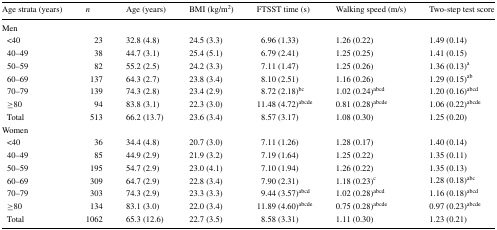
<table><thead><tr><td><b>Age strata (years)</b></td><td><b><i>n</i></b></td><td><b>Age (years)</b></td><td><b>BMI (kg/m<sup>2</sup>)</b></td><td><b>FTSST time (s)</b></td><td><b>Walking speed (m/s)</b></td><td><b>Two-step test score</b></td></tr></thead><tbody><tr><td colspan="7">Men</td></tr><tr><td> &lt;40</td><td>23</td><td>32.8 (4.8)</td><td>24.5 (3.3)</td><td>6.96 (1.33)</td><td>1.26 (0.22)</td><td>1.49 (0.14)</td></tr><tr><td> 40–49</td><td>38</td><td>44.7 (3.1)</td><td>25.4 (5.1)</td><td>6.79 (2.41)</td><td>1.25 (0.25)</td><td>1.41 (0.15)</td></tr><tr><td> 50–59</td><td>82</td><td>55.2 (2.5)</td><td>24.2 (3.3)</td><td>7.11 (1.47)</td><td>1.25 (0.26)</td><td>1.36 (0.13)<sup>a</sup></td></tr><tr><td> 60–69</td><td>137</td><td>64.3 (2.7)</td><td>23.8 (3.4)</td><td>8.10 (2.51)</td><td>1.16 (0.26)</td><td>1.29 (0.15)<sup>ab</sup></td></tr><tr><td> 70–79</td><td>139</td><td>74.3 (2.8)</td><td>23.4 (2.9)</td><td>8.72 (2.18)<sup>bc</sup></td><td>1.02 (0.24)<sup>abcd</sup></td><td>1.20 (0.16)<sup>abcd</sup></td></tr><tr><td> ≥80</td><td>94</td><td>83.8 (3.1)</td><td>22.3 (3.0)</td><td>11.48 (4.72)<sup>abcde</sup></td><td>0.81 (0.28)<sup>abcde</sup></td><td>1.06 (0.22)<sup>abcde</sup></td></tr><tr><td> Total</td><td>513</td><td>66.2 (13.7)</td><td>23.6 (3.4)</td><td>8.57 (3.17)</td><td>1.08 (0.30)</td><td>1.25 (0.20)</td></tr><tr><td colspan="7">Women</td></tr><tr><td> &lt;40</td><td>36</td><td>34.4 (4.8)</td><td>20.7 (3.0)</td><td>7.11 (1.26)</td><td>1.28 (0.17)</td><td>1.40 (0.14)</td></tr><tr><td> 40–49</td><td>85</td><td>44.9 (2.9)</td><td>21.9 (3.2)</td><td>7.19 (1.64)</td><td>1.25 (0.22)</td><td>1.35 (0.11)</td></tr><tr><td> 50–59</td><td>195</td><td>54.7 (2.9)</td><td>23.0 (4.1)</td><td>7.10 (1.94)</td><td>1.26 (0.22)</td><td>1.35 (0.13)</td></tr><tr><td> 60–69</td><td>309</td><td>64.7 (2.9)</td><td>22.8 (3.4)</td><td>7.90 (2.31)</td><td>1.18 (0.23)<sup>c</sup></td><td>1.28 (0.18)<sup>abc</sup></td></tr><tr><td> 70–79</td><td>303</td><td>74.3 (2.9)</td><td>23.3 (3.3)</td><td>9.44 (3.57)<sup>abcd</sup></td><td>1.02 (0.28)<sup>abcd</sup></td><td>1.16 (0.18)<sup>abcd</sup></td></tr><tr><td> ≥80</td><td>134</td><td>83.1 (3.0)</td><td>22.0 (3.4)</td><td>11.89 (4.60)<sup>abcde</sup></td><td>0.75 (0.28)<sup>abcde</sup></td><td>0.97 (0.23)<sup>abcde</sup></td></tr><tr><td> Total</td><td>1062</td><td>65.3 (12.6)</td><td>22.7 (3.5)</td><td>8.58 (3.31)</td><td>1.11 (0.30)</td><td>1.23 (0.21)</td></tr></tbody></table>